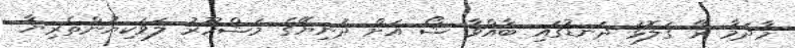
މާދަމާ ރޭ ގަލޮޅު ދަނޑުގައި ބާއްވާ ޝޯ އަށް ދުނިޔޭގެ މަޝްހޫރު ލަވަކިޔުންތެރިޔާ